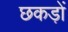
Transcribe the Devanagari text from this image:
छकड़ों